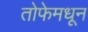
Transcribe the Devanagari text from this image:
तोफेमधून